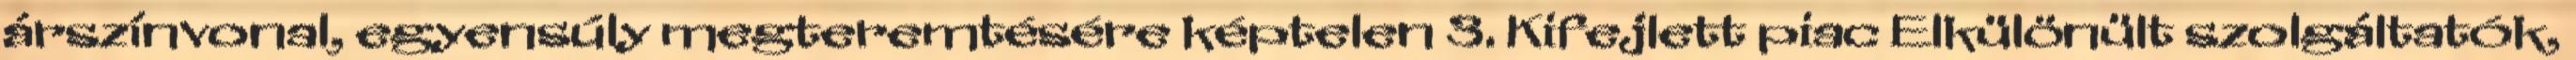
árszínvonal, egyensúly megteremtésére képtelen 3. Kifejlett piac Elkülönült szolgáltatók,